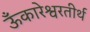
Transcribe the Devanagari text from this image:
ऊँकारेश्वरतीर्थ